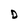
Character: D